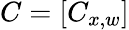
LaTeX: C=[C_{x,w}]